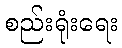
စည်းရုံးရေး